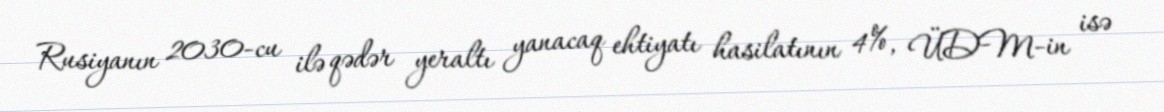
Rusiyanın 2030-cu ilə qədər yeraltı yanacaq ehtiyatı hasilatının 4%, ÜDM-in isə